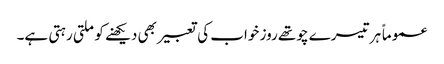
عموماً ہر تیسرے چوتھے روز خواب کی تعبیر بھی دیکھنے کو ملتی رہتی ہے۔